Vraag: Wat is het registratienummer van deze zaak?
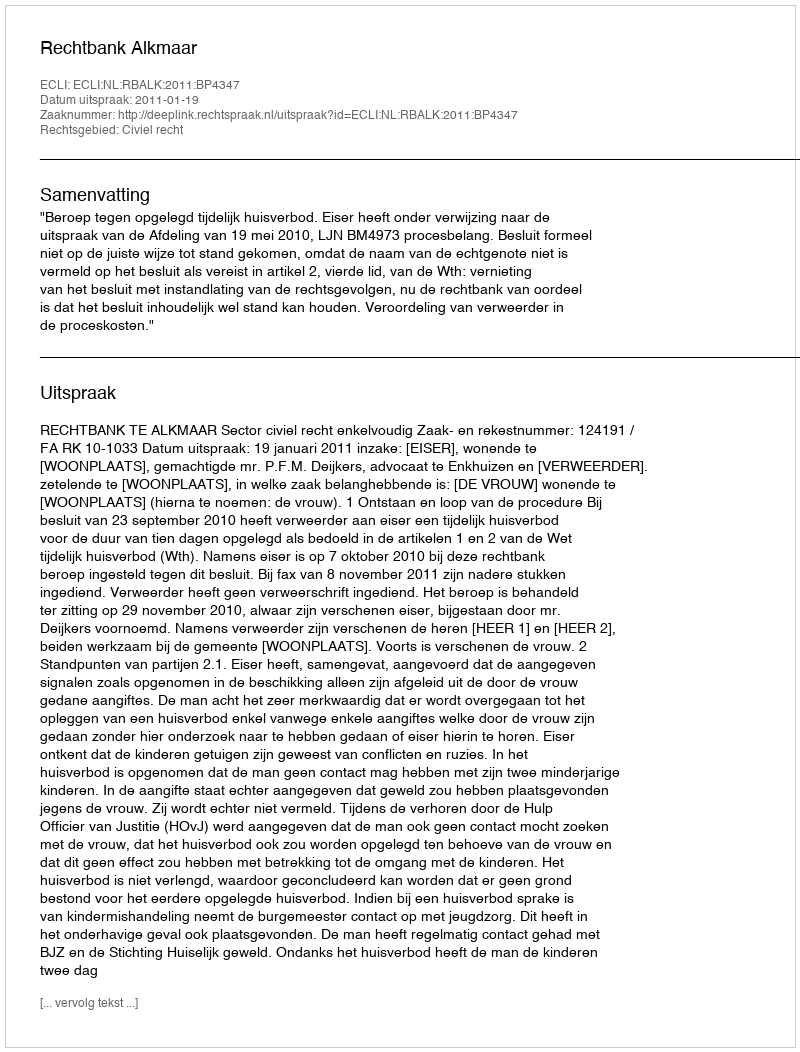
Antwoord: http://deeplink.rechtspraak.nl/uitspraak?id=ECLI:NL:RBALK:2011:BP4347